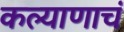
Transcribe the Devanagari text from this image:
कल्याणाचं